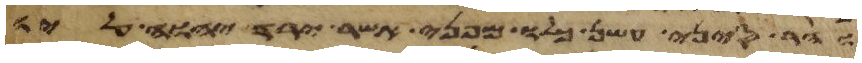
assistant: והר סיני עשן כלו מפני אשר ירד יהוה עליו